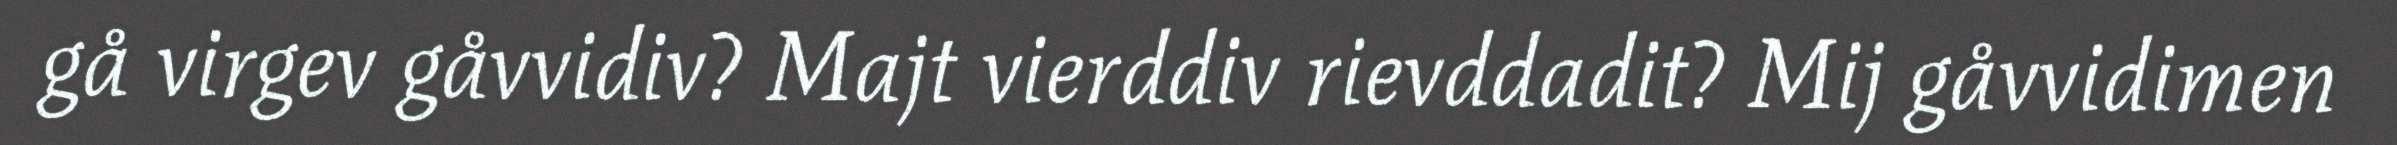
gå virgev gåvvidiv? Majt vierddiv rievddadit? Mij gåvvidimen